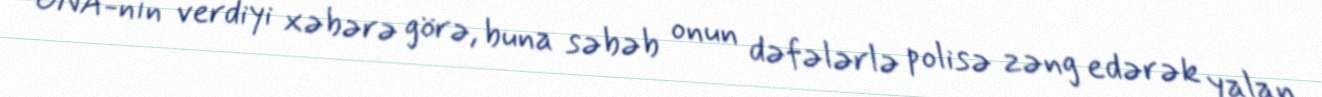
ONA-nın verdiyi xəbərə görə, buna səbəb onun dəfələrlə polisə zəng edərək yalan